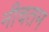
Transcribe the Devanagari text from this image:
नीचतम